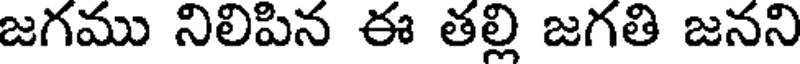
జగము నిలిపిన ఈ తల్లి జగతి జనని